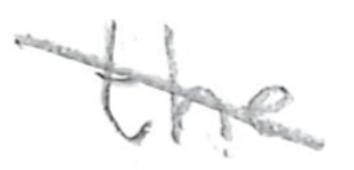
Text: the
Cross-out: diagonal
Writing tool: pencil